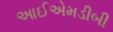
આઈએમડીબી